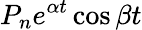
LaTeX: P_{n}e^{\alpha t}\cos{\beta t}